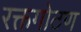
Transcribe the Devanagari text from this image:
रक्तगोठण